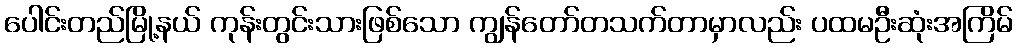
ပေါင်းတည်မြို့နယ် ကုန်းတွင်းသားဖြစ်သော ကျွန်တော်တသက်တာမှာလည်း ပထမဦးဆုံးအကြိမ်